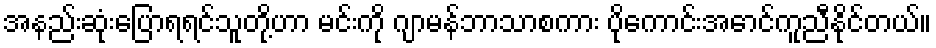
အနည်းဆုံးပြောရရင်သူတို့ဟာ မင်းကို ဂျာမန်ဘာသာစကား ပိုကောင်းအောင်ကူညီနိုင်တယ်။